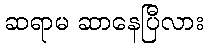
ဆရာမ ဆာနေပြီလား